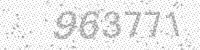
Solution: 963771